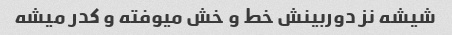
شیشه نز دوربینش خط و خش میوفته و کدر میشه